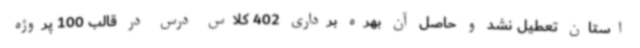
استان تعطیل نشد و حاصل آن بهره برداری 402 کلاس درس در قالب 100 پروژه